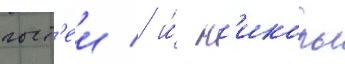
гост'еи / и́ н'иколь